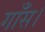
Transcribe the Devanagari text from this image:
गाँस।